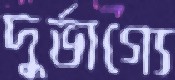
দুর্ভাগ্যে